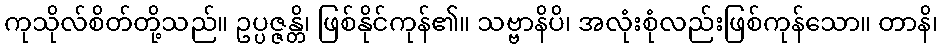
ကုသိုလ်စိတ်တို့သည်။ ဥပ္ပဇ္ဇန္တိ၊ ဖြစ်နိုင်ကုန်၏။ သဗ္ဗာနိပိ၊ အလုံးစုံလည်းဖြစ်ကုန်သော။ တာနိ၊